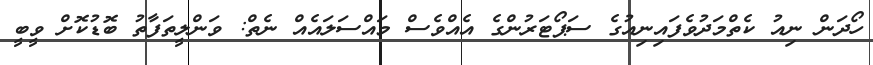
ހޯދަން ނިއު ކެތްމަދުވެފައިނިއުގެ ސަޕޯޓަރުންގެ އެއްވެސް މައްސަލައެއް ނެތް: ވަންލީތަފާތު ބޮޑުކޮށް ވީބީ